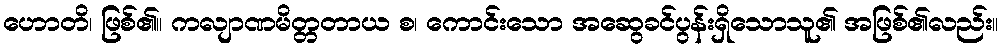
ဟောတိ၊ ဖြစ်၏။ ကလျာဏမိတ္တတာယ စ၊ ကောင်းသော အဆွေခင်ပွန်းရှိသောသူ၏ အဖြစ်၏လည်း။